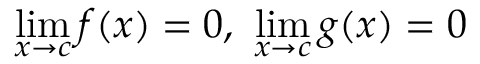
\operatorname* { l i m } _ { x \to c } f ( x ) = 0 , \ \operatorname* { l i m } _ { x \to c } g ( x ) = 0